Subject: physics
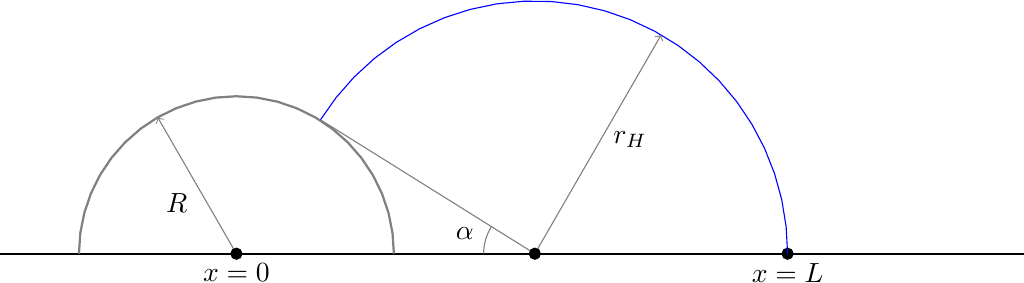
LaTeX code:
    \begin{tikzpicture}[scale=1]

    \draw[gray,->] (0,0) -- ({2*cos(120)}, {2*sin(120)});
    \node[left] at (-0.5,0.65) {$R$};

    \draw[thick] (-3,0) -- (10,0);
    \draw [domain=0:180,gray,thick] plot ({2*cos(\x)}, {2*sin(\x)});
    \draw[black] plot [mark=*, mark size=2] coordinates{(0,0)};
    \node[below] at (0,0) {$x=0$};

    \draw[black] plot [mark=*, mark size=2] coordinates{(7,0)};
    \node[below] at (7,0) {$x=L$};

    \draw [domain=0:148,blue] plot ({3.21*cos(\x)+7-3.21}, {3.21*sin(\x)});

    \draw [domain=180:148,gray] plot ({0.65*cos(\x)+7-3.21}, {0.65*sin(\x)});
    \node at (2.9,0.25) {$\alpha$};

    \draw[gray,->] ({7-3.21},0) -- ({3.21*cos(60)+7-3.21}, {3.21*sin(60)});
    \node at (5,1.45) {$r_H$};

    \draw[gray] ({7-3.21},0) -- ({3.21*cos(148)+7-3.21}, {3.21*sin(148)});
    \draw[black] plot [mark=*, mark size=2] coordinates{({7-3.21},0)};

    \end{tikzpicture}